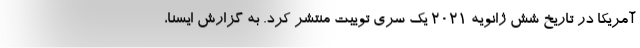
آمریکا در تاریخ شش ژانویه ۲۰۲۱ یک سری توییت منتشر کرد. به گزارش ایسنا،